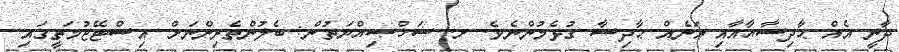
ދާނީ އެއް ޙާދިސާއާއާއި އަނެއް ޙާދިސާ ގުޅެމުންނެވެ. ށ. ޝަޚްޞިއްޔަތުން: ބެލުންތެރިންނަށް އިސްޓޭޖުމަތީގައި